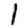
Digit: 1